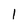
Character: l